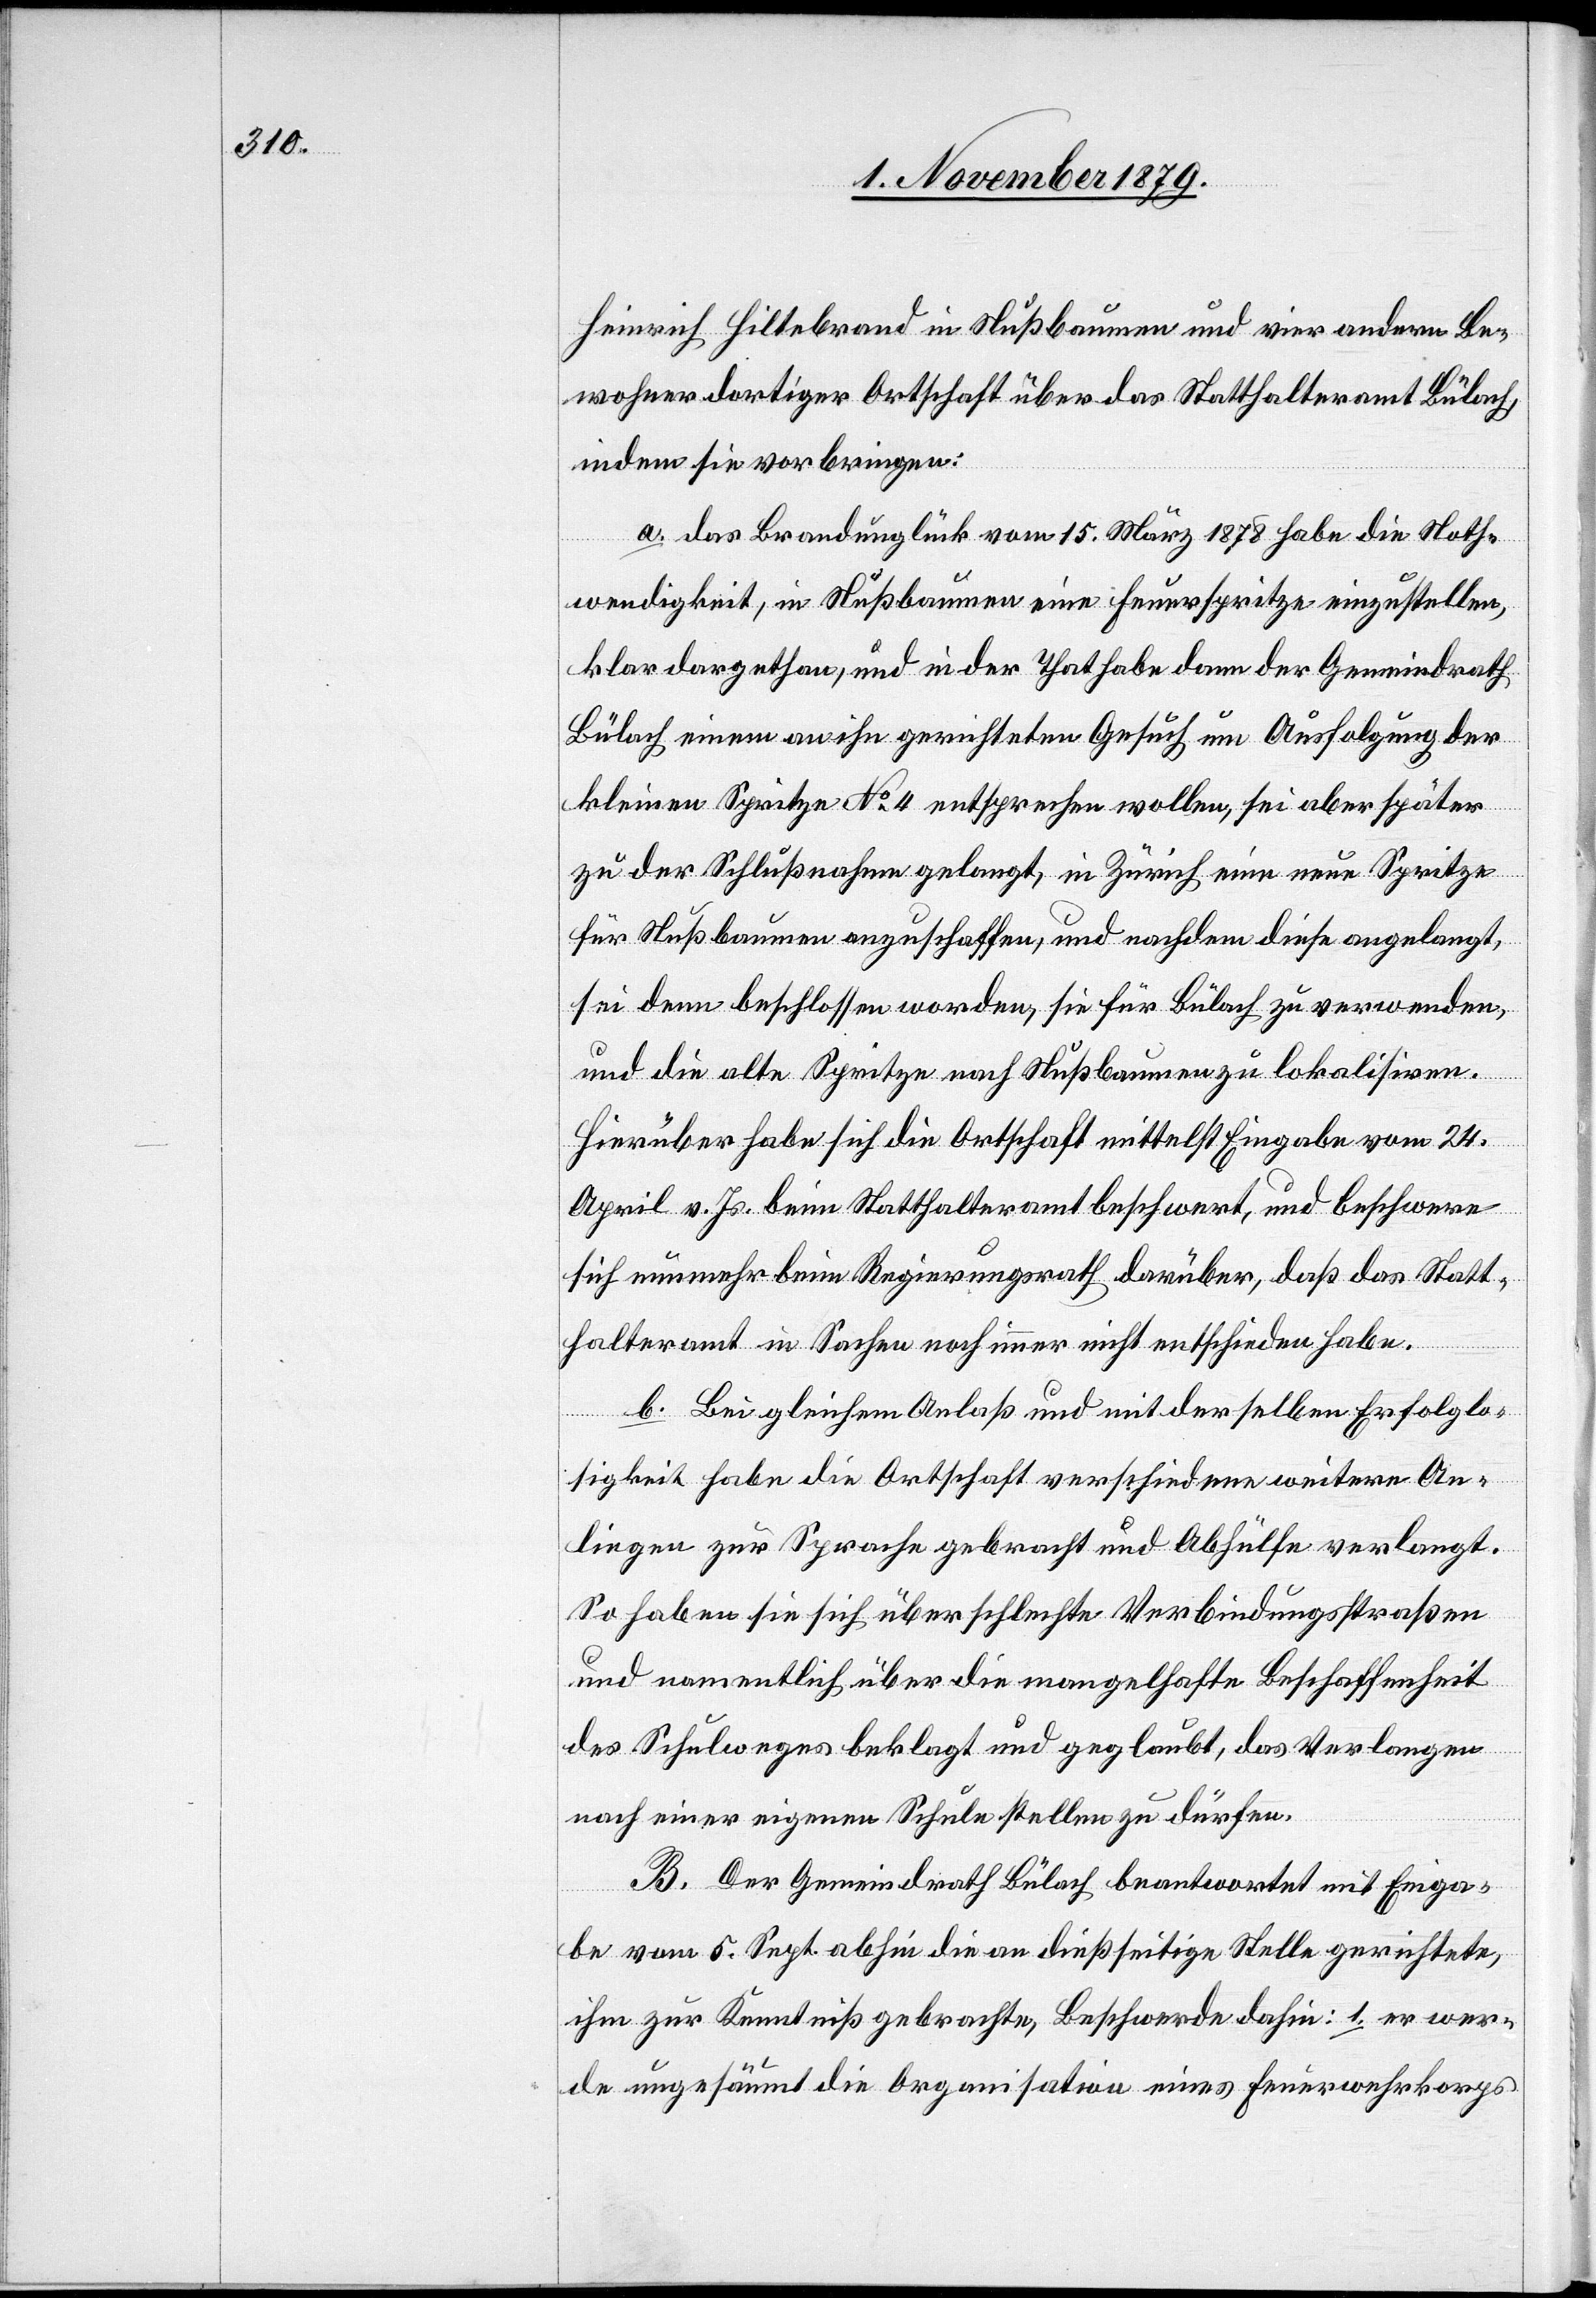
Heinrich Hiltebrand in Nußbaumen und vier andere Be¬
wohner dortiger Ortschaft über das Statthalteramt Bülach,
indem sie vorbringen:
a. das Brandunglück vom 15. März 1878 habe die Noth¬
wendigkeit, in Nußbaumen eine Feuerspritze einzustellen,
klar dargethan, und in der That habe dann der Gemeindrath
Bülach einem an ihn gerichteten Gesuch um Ausfolgung der
kleinen Spritze No 4 entsprechen wollen, sei aber später
zu der Schlußnahme gelangt, in Zürich eine neue Spritze
für Nußbaumen anzuschaffen, und nachdem diese angelangt
sei denn beschlossen worden, sie für Bülach zu verwenden,
und die alte Spritze nach Nußbaumen zu lokalisiren.
Hierüber habe sich die Ortschaft mittelst Eingabe vom 24.
April v. Js. beim Statthalteramt beschwert, und beschwere
sich nunmehr beim Regierungsrath darüber, daß das Statt¬
halteramt in Sachen noch immer nicht entschieden habe.
b. Bei gleichem Anlaß und mit der selben Erfolglo¬
sigkeit habe die Ortschaft verschiedene weitere An¬
liegen zur Sprache gebracht und Abhülfe verlangt.
So haben sie sich über schlechte Verbindungsstraßen
und namentlich über die mangelhafte Beschaffenheit
des Schulweges beklagt und geglaubt, das Verlangen
nach einer eigenen Schule stellen zu dürfen.
B. Der Gemeindrath Bülach beantwortet mit Einga¬
be vom 5. Sept. abhin die an dießseitige Stelle gerichtete,
ihm zur Kenntniß gebrachte, Beschwerde dahin: 1. er wer¬
de ungesäumt die Organisation eines Feuerwehrkorps